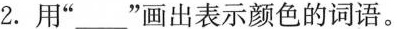
2. 用”____”画出表示颜色的词语。